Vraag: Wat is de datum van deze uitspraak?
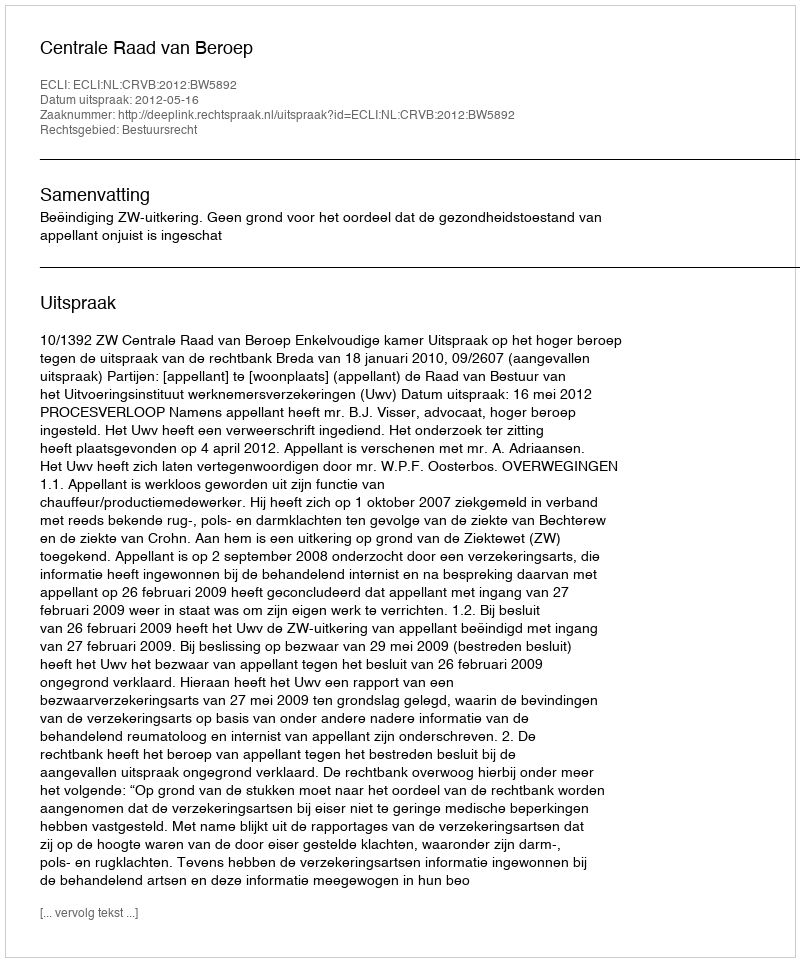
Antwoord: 2012-05-16